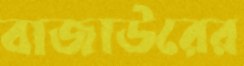
বাজাউরের